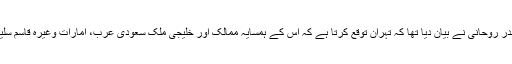
مغربی سفارت کاروں کا کہنا ہے کہ ایرانی صدر روحانی نے بیان دیا تھا کہ تہران توقع کرتا ہے کہ اس کے ہمسایہ ممالک اور خلیجی ملک سعودی عرب، امارات وغیرہ قاسم سلیمانی پر حملے کی واضح طور پر مذمت کریں۔